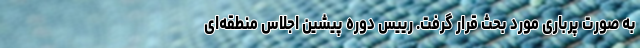
به صورت پرباری مورد بحث قرار گرفت. رییس دوره پیشین اجلاس منطقه‌ای